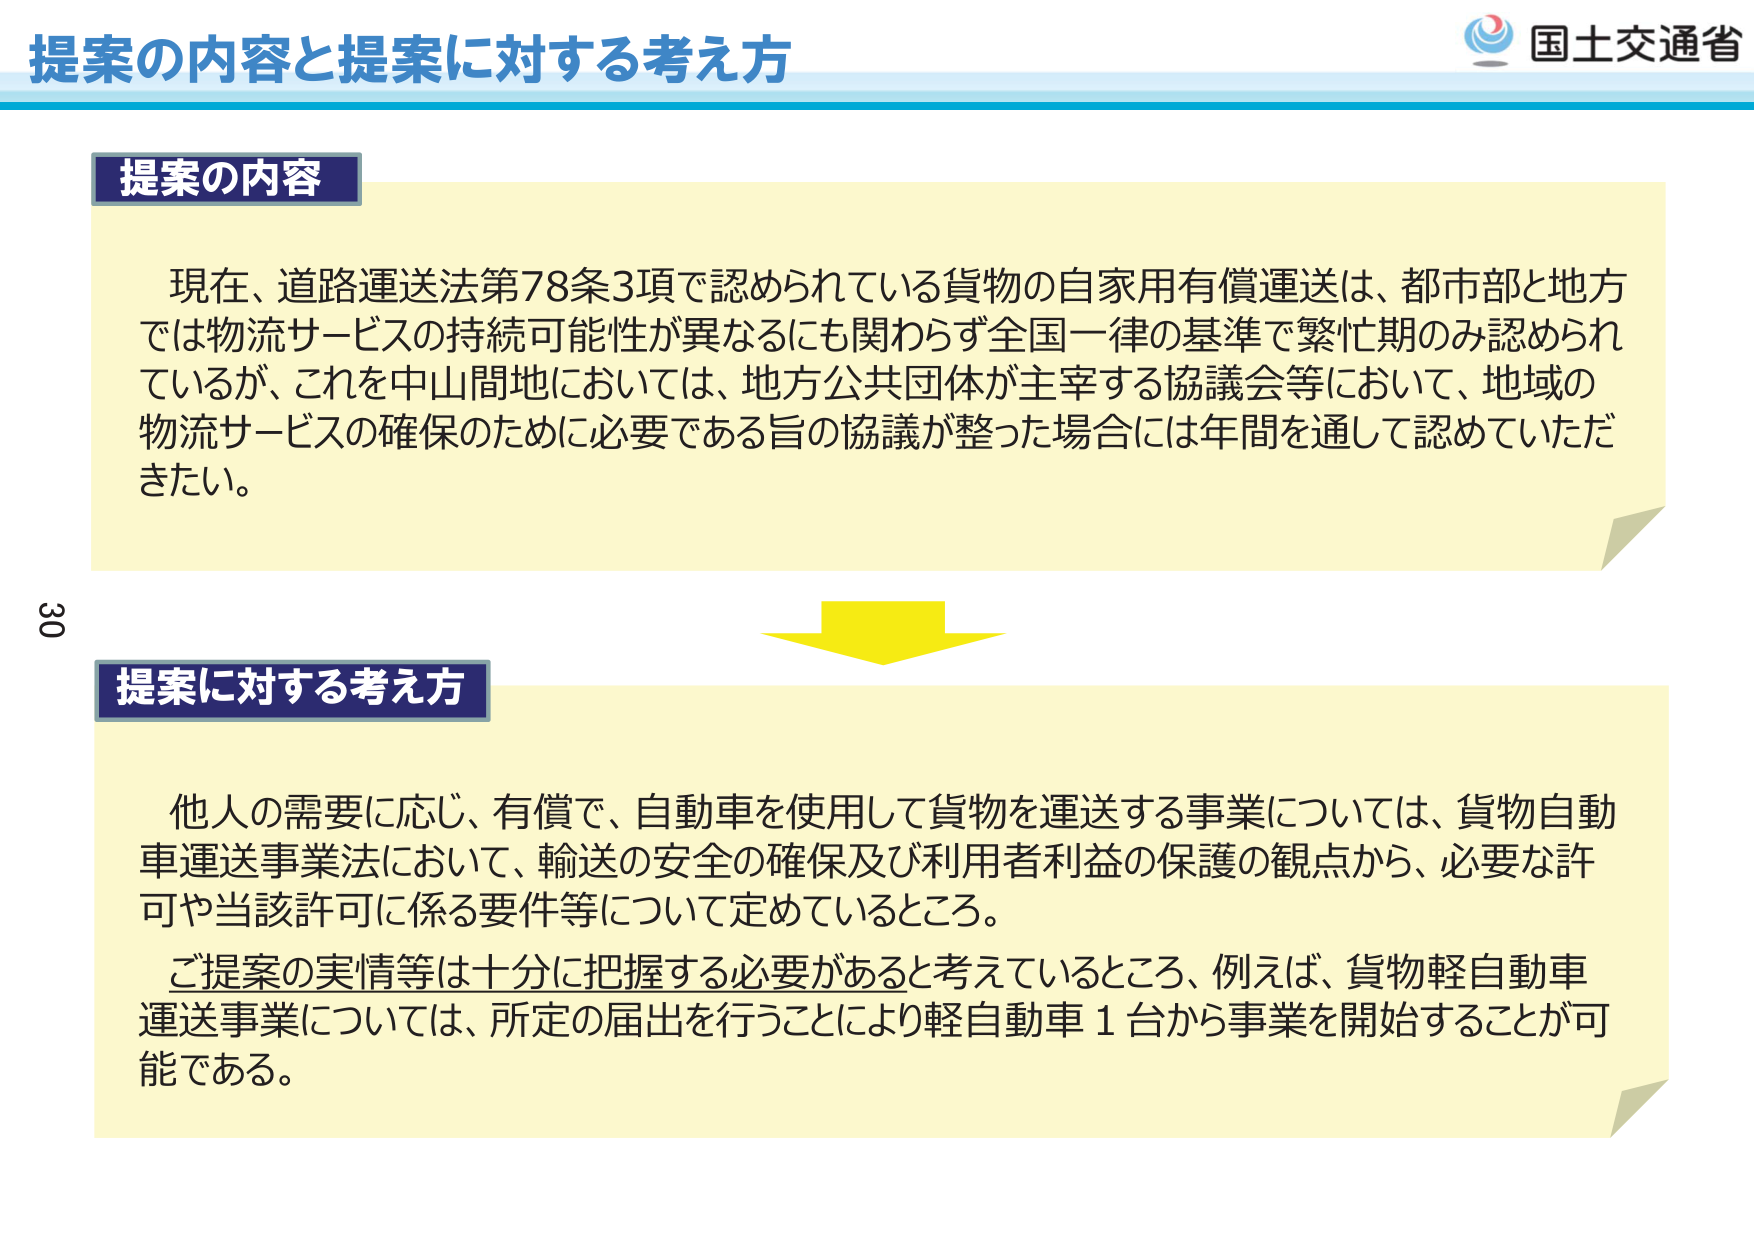
提案の内容と提案に対する考え方

国士交通省

提案の内容

現在、道路運送法第78条3項で認められている貨物の自家用有償運送は、都市部と地方では物流サービスの持続可能性が異なるにも関わらず全国一律の基準で繁忙期のみ認められているが、これを中山間地においては、地方公共団体が主宰する協議会等において、地域の物流サービスの確保のために必要である旨の協議が整った場合には年間を通じて認めていただきたい。

提案に対する考え方

他人の需要に応じ、有償で、自動車を使用して貨物を運送する事業については、貨物自動車運送事業法において、輸送の安全の確保及び利用者利益の保護の観点から、必要な許可や当該許可に係る要件等について定めているところ。

ご提案の実情等は十分に把握する必要があると考えているところ、例えば、貨物軽自動車運送事業については、所定の届出を行うことにより軽自動車1台から事業を開始することが可能である。

30